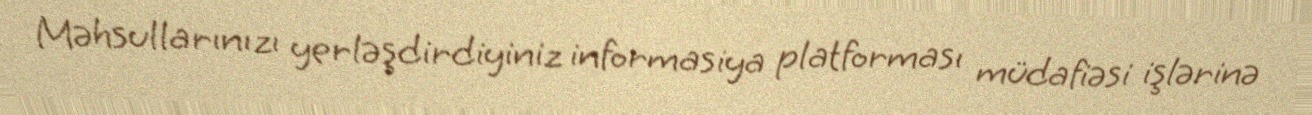
Məhsullarınızı yerləşdirdiyiniz informasiya platforması müdafiəsi işlərinə